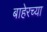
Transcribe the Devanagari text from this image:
बाहेरच्‍या